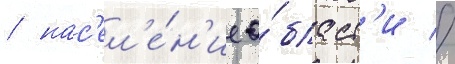
/ нас'ел'е́н'ие о́бласт'и //